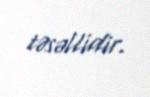
təsəllidir.